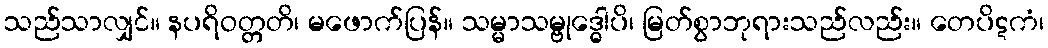
သည်သာလျှင်။ နပရိဝတ္တတိ၊ မဖောက်ပြန်။ သမ္မာသမ္ဗုဒ္ဓေါပိ၊ မြတ်စွာဘုရားသည်လည်း။ တေပိဋကံ၊